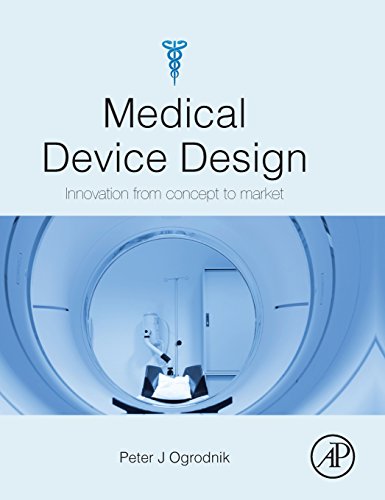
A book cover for Medical Device Design: Innovation from concept to market; Peter J Ogrodnik; Medical Books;